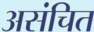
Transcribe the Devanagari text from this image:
असंचित